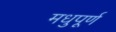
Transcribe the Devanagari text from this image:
मधुपूर्ण